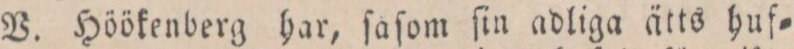
V. Höökenberg har, ſaſom ſin adliga ätts huf=